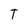
Character: T